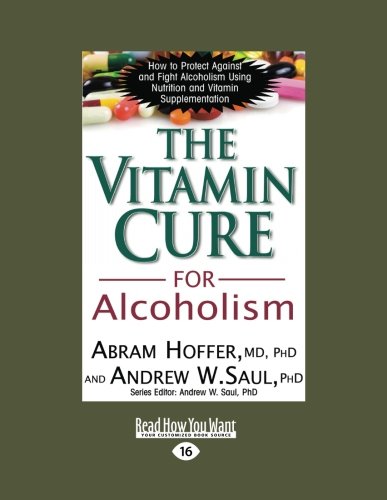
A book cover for The Vitamin Cure for Alcoholism: Orthomolecular Treatment of Addictions (Read How You Want); Abram Hoffer; Health, Fitness & Dieting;